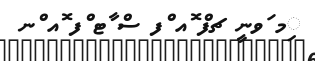
ިމ ަވނީީ ޗފް ޮއ ްފ ސް ާޓ ްފ ޮއ ްނ